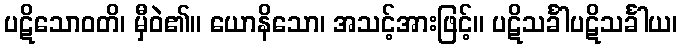
ပဋိသောဝတိ၊ မှီဝဲ၏။ ယောနိသော၊ အသင့်အားဖြင့်။ ပဋိသင်္ခါပဋိသင်္ခါယ၊